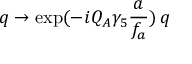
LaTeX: q \rightarrow \exp ( - i Q _ { A } \gamma _ { 5 } \frac { a } { f _ { a } } ) \, q